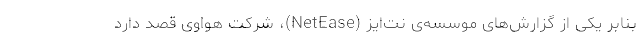
بنابر یکی از گزارش‌های موسسه‌ی نت‌ایز (NetEase)، شرکت هواوی قصد دارد